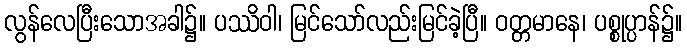
လွန်လေပြီးသောအခါ၌။ ပဿိဝါ၊ မြင်သော်လည်းမြင်ခဲ့ပြီ။ ဝတ္တမာနေ၊ ပစ္စုပ္ပာန်၌။